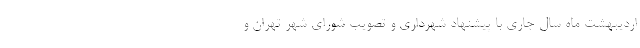
اردیبهشت ماه سال جاری با پیشنهاد شهرداری و تصویب شورای شهر تهران و